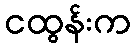
ငထွန်းက